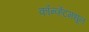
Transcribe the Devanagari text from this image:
कॉन्व्हेंटमधून